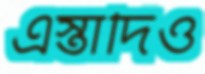
এস্তাদিও